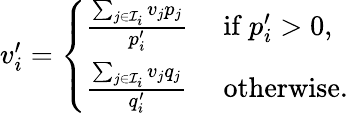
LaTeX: \begin{array}{r}{v_{i}^{\prime}=\left\{ \begin{array}{ll}{\frac{\sum_{j\in\mathcal{I}_{i}}v_{j}p_{j}}{p_{i}^{\prime}}}&{\mathrm{~if~}p_{i}^{\prime}>0,}\\ {\frac{\sum_{j\in\mathcal{I}_{i}}v_{j}q_{j}}{q_{i}^{\prime}}}&{\mathrm{~otherwise}.}\end{array}\right.}\end{array}